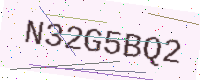
Text: N32G5BQ2